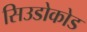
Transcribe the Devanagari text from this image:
सिउडोकोड